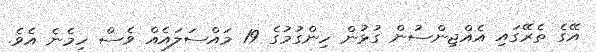
އޭގެ ތެރޭގައި އެއްޖިންސުން ގުޅުން ހިންގުމުގެ 19 މައްސަލައެއް ވެސް ހިމެނެ އެވެ.